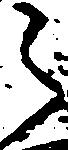
之